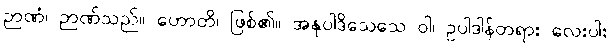
ဉာဏံ၊ ဉာဏ်သည်။ ဟောတိ၊ ဖြစ်၏။ အနုပါဒိသေသေ ဝါ၊ ဥပါဒါန်တရား လေးပါး